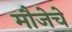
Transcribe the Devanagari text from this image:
मौजेचे